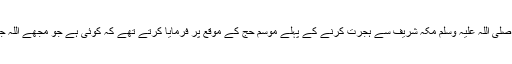
جیسے کہ نبی اللہ حضرت محمد رسول اللہ صلی اللہ علیہ وسلم مکہ شریف سے ہجرت کرنے کے پہلے موسم حج کے موقع پر فرمایا کرتے تھے کہ کوئی ہے جو مجھے اللہ جل شانہ کا کلام پہنچانے کے لئے جگہ دے؟